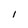
Character: I